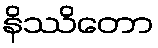
နိဿိတော